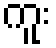
ကူး